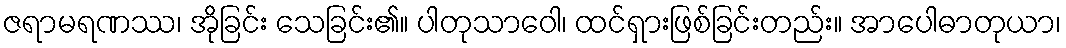
ဇရာမရဏဿ၊ အိုခြင်း သေခြင်း၏။ ပါတုသာဝေါ၊ ထင်ရှားဖြစ်ခြင်းတည်း။ အာပေါဓာတုယာ၊